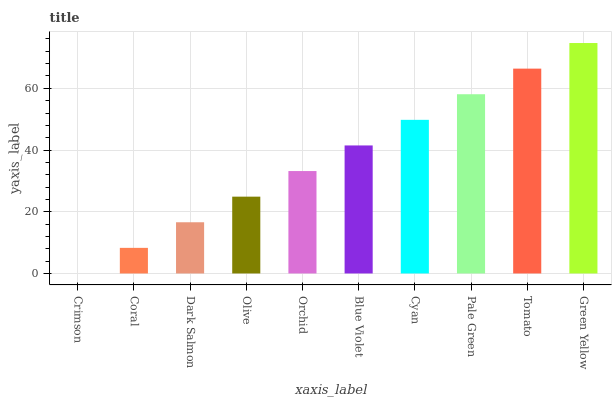
| xaxis_label | bars |
 | --- | --- |
 | Crimson | 0 |
 | Coral | 8.3 |
 | Dark Salmon | 16.6 |
 | Olive | 24.9 |
 | Orchid | 33.2 |
 | Blue Violet | 41.5 |
 | Cyan | 49.8 |
 | Pale Green | 58.1 |
 | Tomato | 66.4 |
 | Green Yellow | 74.7 |